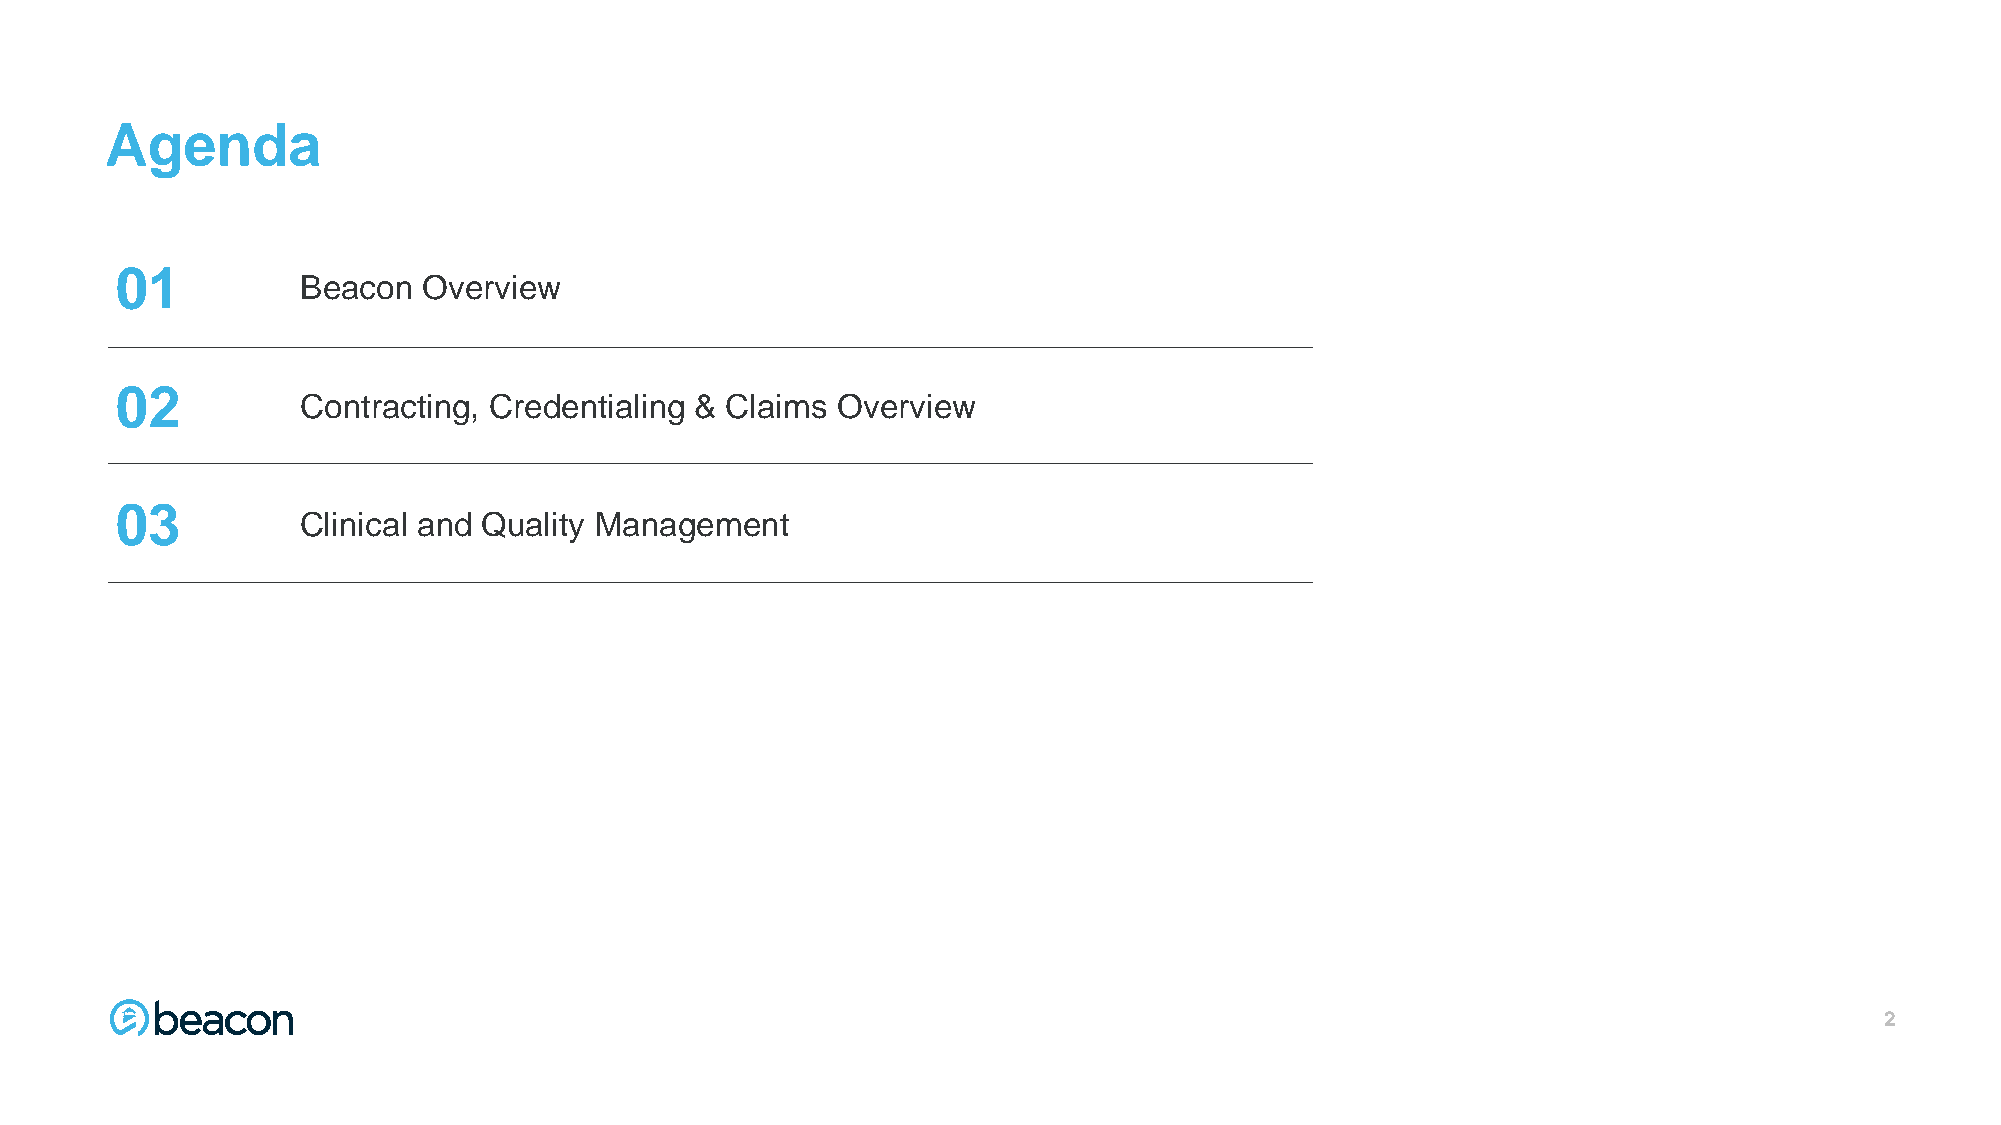
Agenda
 01          Beacon  Overview
 02          Contracting, Credentialing & Claims Overview
 03          Clinical and Quality Management
 2222